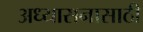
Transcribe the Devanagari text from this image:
अध्यासनासाठी